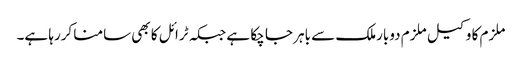
ملزم کا وکیل ملزم دوبارملک سے باہر جا چکا ہے جبکہ ٹرائل کا بھی سامنا کررہا ہے۔